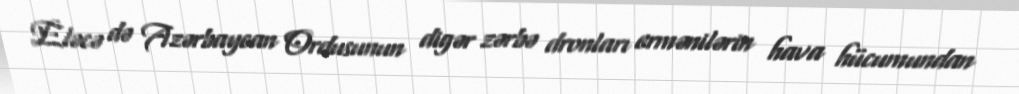
Eləcə də Azərbaycan Ordusunun digər zərbə dronları ermənilərin hava hücumundan